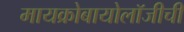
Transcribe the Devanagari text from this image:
मायक्रोबायोलॉजीची